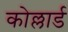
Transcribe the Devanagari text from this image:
कोल्लार्ड